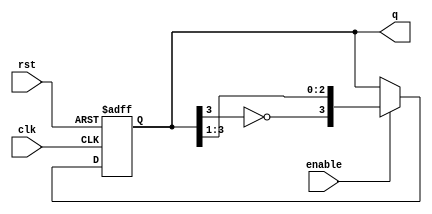
module johnson_counter (
    input wire clk,        // Clock input
    input wire rst,        // Asynchronous reset input
    input wire enable,     // Optional enable signal
    output reg [3:0] q     // 4-bit Johnson Counter output
);

// State transition logic
always @(posedge clk or posedge rst) begin
    if (rst) begin
        q <= 4'b0000;     // Initialize to state 0 on reset
    end else if (enable) begin
        // Johnson Counter state transition
        q <= {~q[3], q[3:1]};
    end
end

endmodule